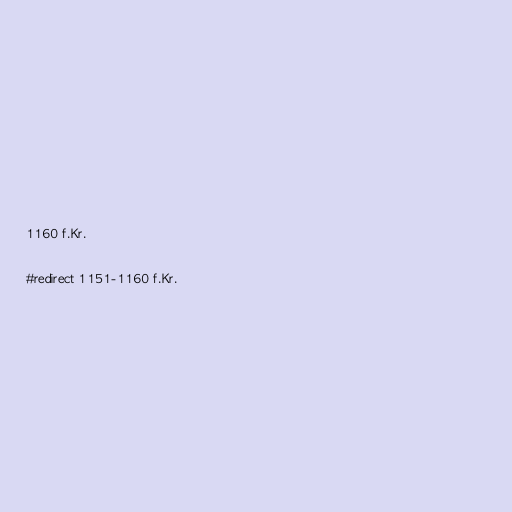
1160 f.Kr.

#redirect 1151-1160 f.Kr.